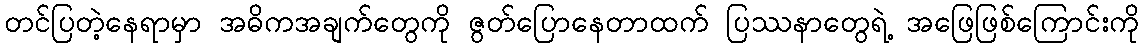
တင်ပြတဲ့နေရာမှာ အဓိကအချက်တွေကို ဇွတ်ပြောနေတာထက် ပြဿနာတွေရဲ့ အဖြေဖြစ်ကြောင်းကို